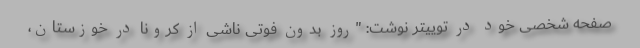
صفحه شخصی خود در توییتر نوشت: "روز بدون فوتی ناشی از کرونا در خوزستان،